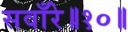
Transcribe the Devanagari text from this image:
सवाँरे॥१०॥